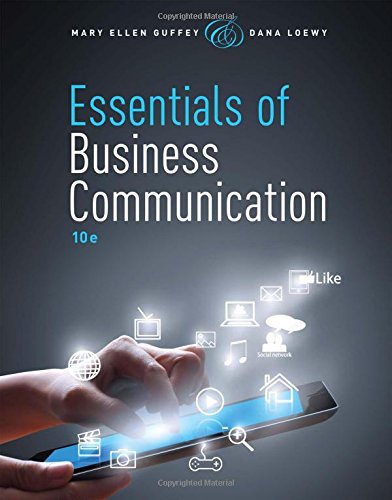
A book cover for Essentials of Business Communication (with Premium Website, 1 term (6 months) Printed Access Card); Mary Ellen Guffey; Business & Money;